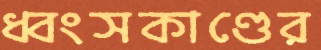
ধ্বংসকাণ্ডের